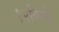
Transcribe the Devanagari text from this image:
१२किमी